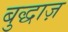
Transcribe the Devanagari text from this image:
बुद्धाज़